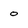
Character: o